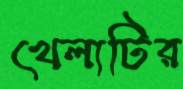
খেলাটির